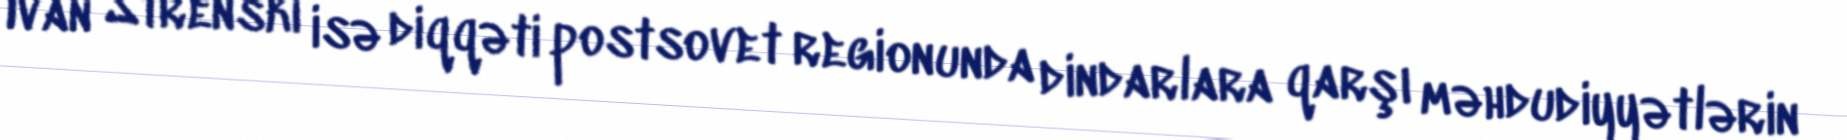
Ivan Strenski isə diqqəti postsovet regionunda dindarlara qarşı məhdudiyyətlərin